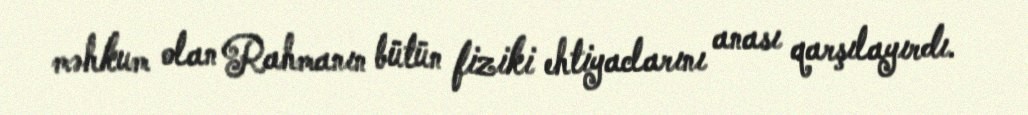
məhkum olan Rahmanın bütün fiziki ehtiyaclarını anası qarşılayırdı.